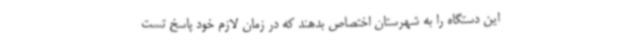
این دستگاه را به شهرستان اختصاص بدهند که در زمان لازم خود پاسخ تست